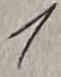
Text: 1